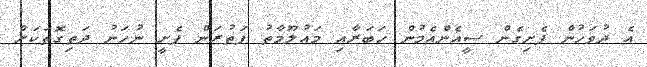
އެ ދުވަހުން ފެށިގެން ސީއެންއެމުން ހަބަރާއި މައުލޫމާތު ފަތުރަން ފެށީ ނުހަނު ދަތިގޮތަކަށް